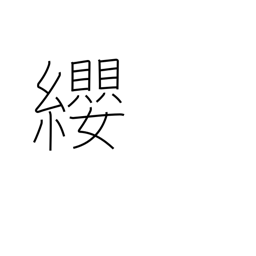
Meaning: breast harness